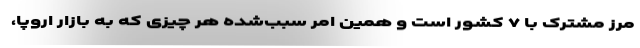
مرز مشترک با ۷ کشور است و همین امر سبب‌شده هر چیزی که به بازار اروپا،